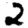
Digit: 2